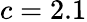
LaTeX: c=2.1